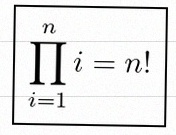
\prod_{i=1}^{n}i=n!